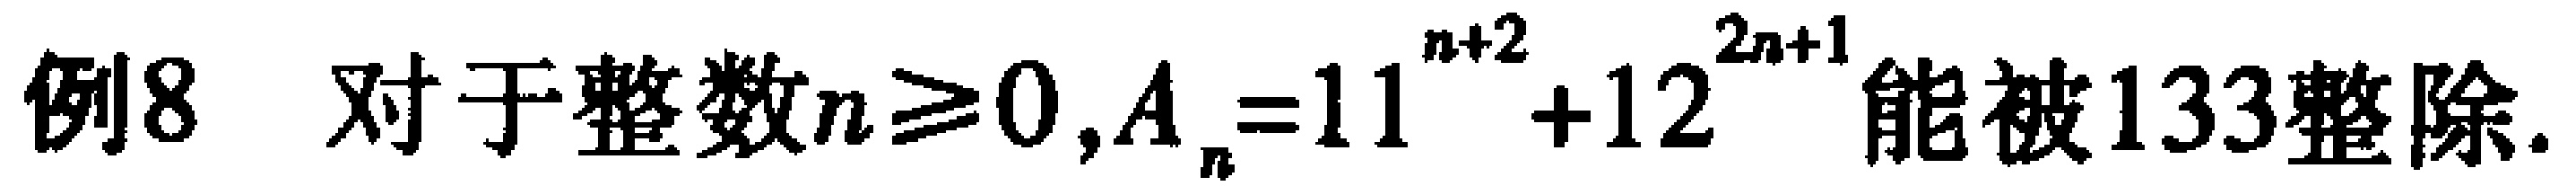
例8 对于整数$n\geqslant0,A_{n}=11^{n + 2}+12^{2n + 1}$能被133整除.